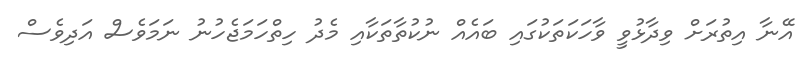
އޭނާ އިތުރަށް ވިދާޅުވީ ވާހަކަތަކުގައި ބައެއް ނުކުތާތަކާއި މެދު ހިތްހަމަޖެހުނު ނަމަވެސް އަދިވެސް